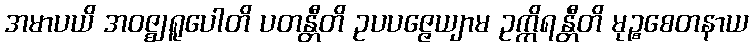
အမာပယိ အဝဇ္ဈရူပေါတိ ပတန္တီတိ ဥပပဇ္ဇေယျာမ ဥက္ကိရန္တီတိ မုဉ္စစေတနာယ